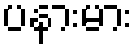
ပနားမား